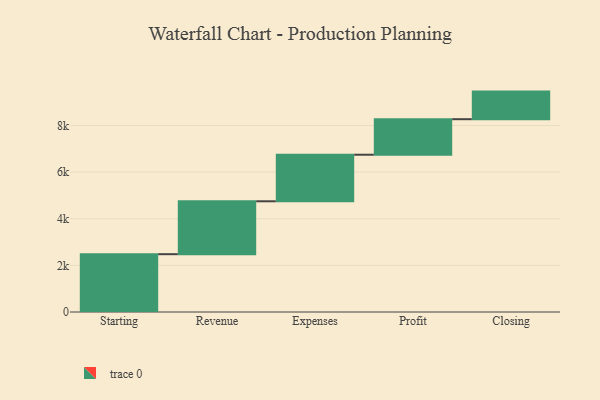
{"axis": {"x": "Step", "y": "Value"}, "legend": [""], "data": [{"x": "Starting", "y": 2480.0, "type": ""}, {"x": "Revenue", "y": 2270.0, "type": ""}, {"x": "Expenses", "y": 1997.0, "type": ""}, {"x": "Profit", "y": 1524.0, "type": ""}, {"x": "Closing", "y": 1184.0, "type": ""}]}